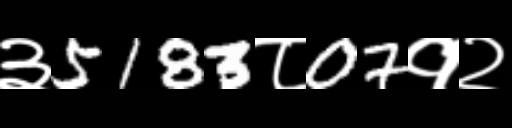
Text: ३5183८07१२